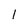
Character: l